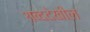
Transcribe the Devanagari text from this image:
शब्ददेखील